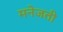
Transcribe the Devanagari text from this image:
मनेजती